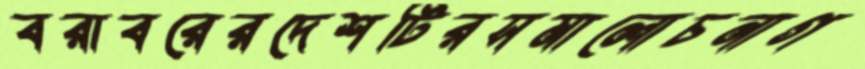
বরাবরেরদেশটিরসমালোচনাগ